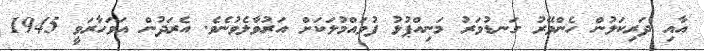
އާއި ދަރިކަލުން ހެންވޭރު ގަނޑުވަރު މަނިއްޕުޅު ފުވައްމުލަކަށް އަރުވާލެވުނެވެ. އެރަދުން އަވަހާރަވީ 1945